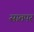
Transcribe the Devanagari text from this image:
सातपर